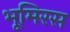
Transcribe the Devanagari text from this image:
भूमिरस